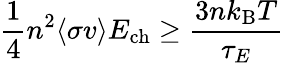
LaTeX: {\frac{1}{4}}n^{2}\langle\sigma v\rangle E_{\mathrm{{ch}}}\geq{\frac{3nk_{\mathrm{{B}}}T}{\tau_{E}}}